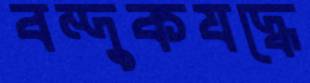
বন্দুকযদ্ধে